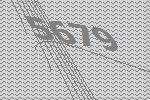
5679